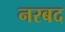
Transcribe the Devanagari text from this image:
नरबद